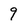
Character: 9